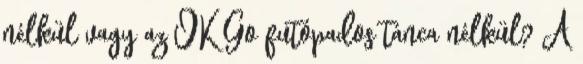
nélkül vagy az OK Go futópados tánca nélkül? A